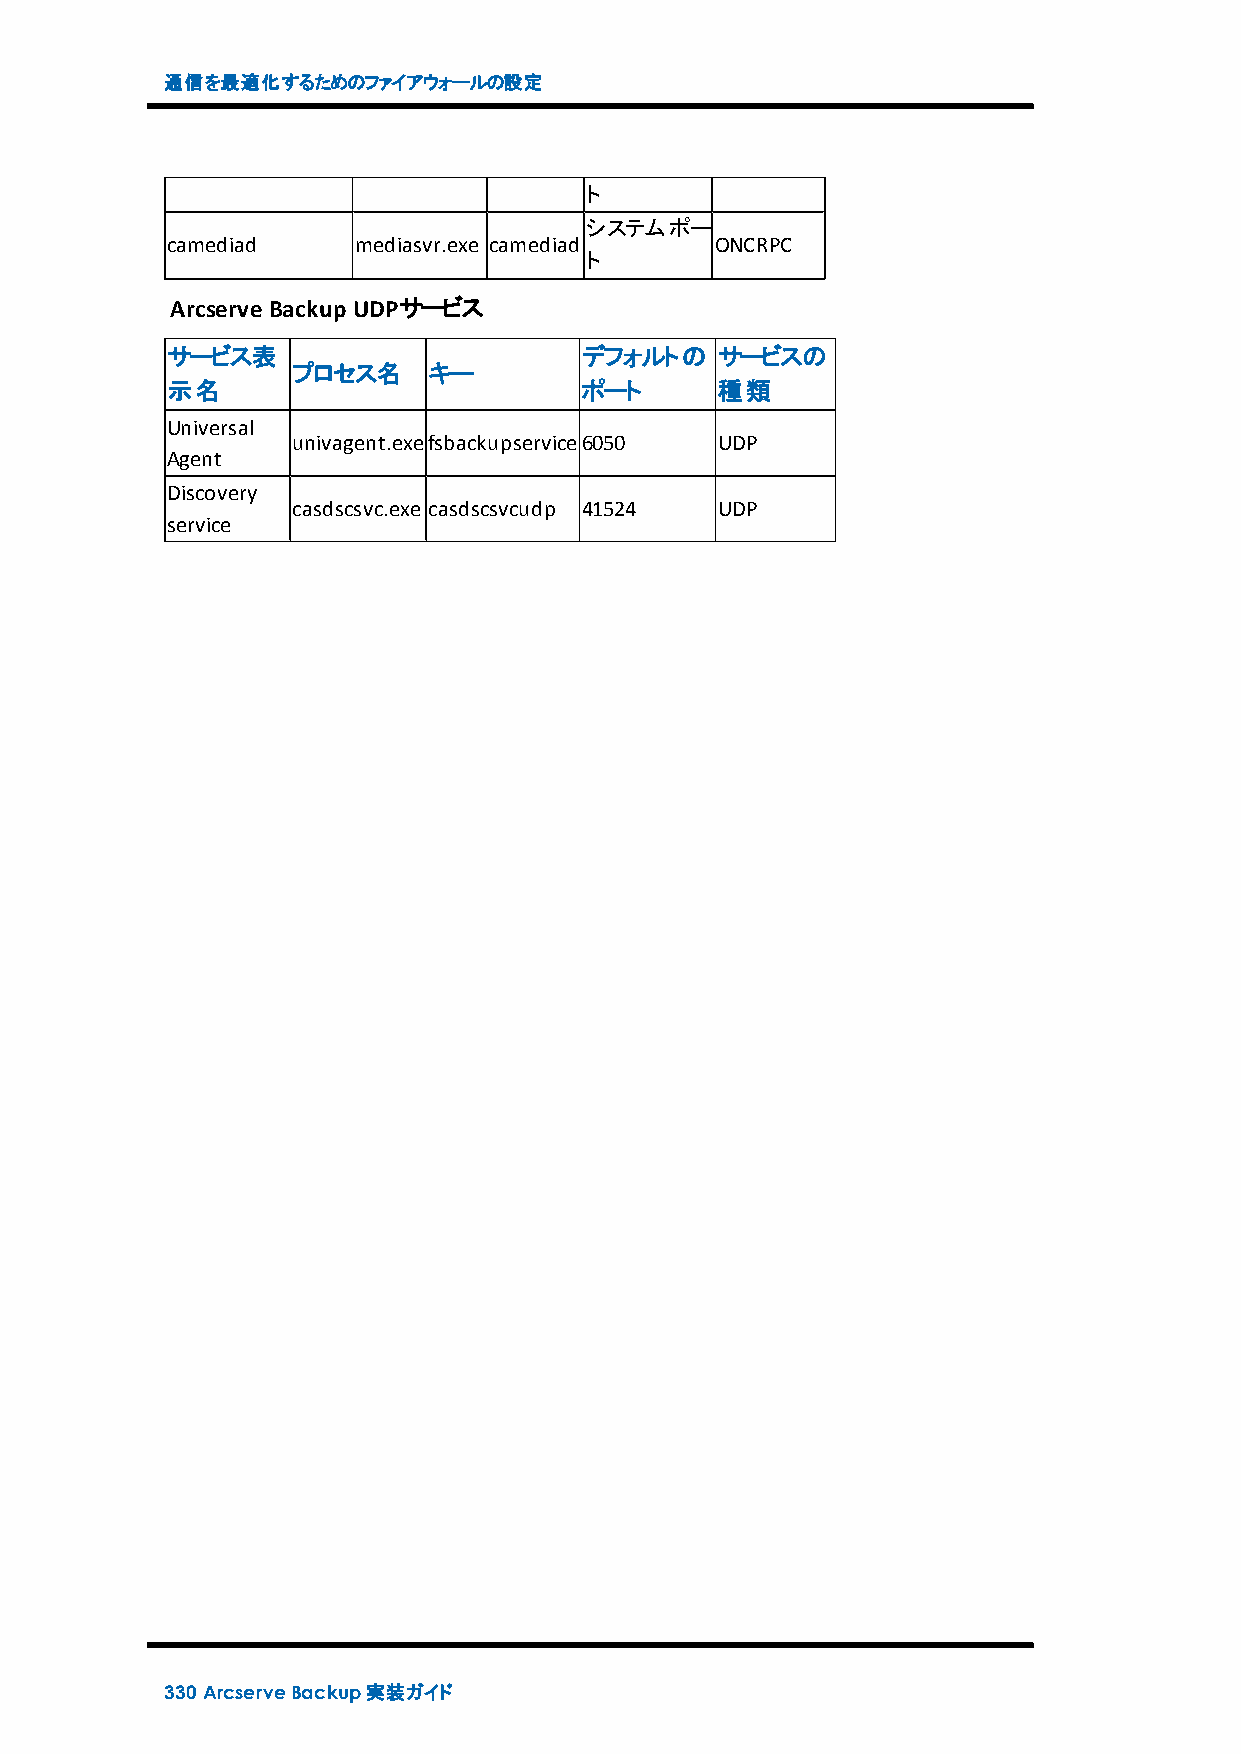
通信を最適化するためのファイアウォールの設定
 ト
 システムポー
 camediad    mediasvr.exe camediad   ONCRPC
 ト
 ArcserveBackup UDPサービス
 サービス表                      デフォルトの   サービスの
 プロセス名    キー
 示名                         ポート      種類
 Universal
 univagent.exefsbackupservice6050 UDP
 Agent
 Discovery
 casdscsvc.exe casdscsvcudp 41524 UDP
 service
 330 ArcserveBackup実装ガイド